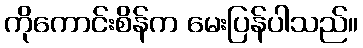
ကိုကောင်းစိန်က မေးပြန်ပါသည်။